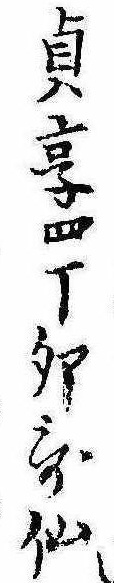
貞享四丁卯歌仙